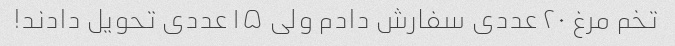
تخم مرغ ۲۰ عددی سفارش دادم ولی ۱۵ عددی تحویل دادند!